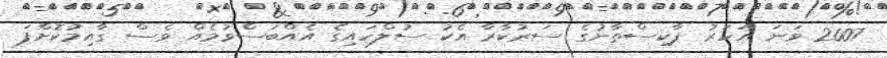
2007 ވަނަ އަހަރު ޕާކިސްތާނުގެ ސަރުކާރާ އެކު ސުލްހައިގެ އެއްބަސްވުމެއް ވެސް ގާއިމުކޮށްފަ